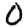
Digit: 0